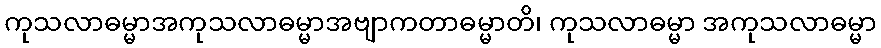
ကုသလာဓမ္မာအကုသလာဓမ္မာအဗျာကတာဓမ္မာတိ၊ ကုသလာဓမ္မာ အကုသလာဓမ္မာ